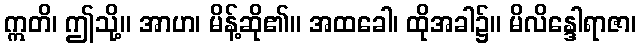
ဣတိ၊ ဤသို့။ အာဟ၊ မိန့်ဆို၏။ အထခေါ၊ ထိုအခါ၌။ မိလိန္ဒေါရာဇာ၊